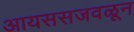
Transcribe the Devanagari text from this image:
आयससजवळून